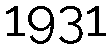
1931